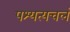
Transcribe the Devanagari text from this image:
पश्यत्यचलं